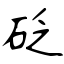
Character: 砭